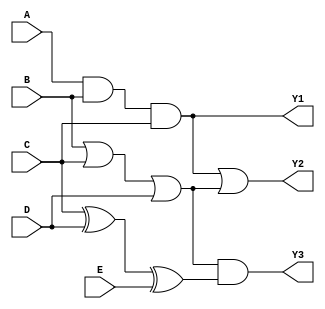
module combinational_logic_block (
    input wire A,
    input wire B,
    input wire C,
    input wire D,
    input wire E,
    output wire Y1,
    output wire Y2,
    output wire Y3
);

// Group 1: {A, B, C}
// Group 2: {B, C, D}
// Group 3: {C, D, E}

// Logic operations for each group
wire group1_result;
wire group2_result;
wire group3_result;

// Logic for Group 1: A AND B AND C
assign group1_result = A & B & C;

// Logic for Group 2: B OR C OR D
assign group2_result = B | C | D;

// Logic for Group 3: C XOR D XOR E
assign group3_result = C ^ D ^ E;

// Output generation based on group results
// Output Y1 directly from Group 1 result
assign Y1 = group1_result;

// Output Y2 combining results from Group 1 and Group 2
assign Y2 = group1_result | group2_result; // OR operation

// Output Y3 combining results from Group 2 and Group 3
assign Y3 = group2_result & group3_result; // AND operation

endmodule